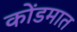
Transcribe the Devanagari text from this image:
कोंडमात